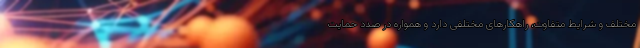
مختلف و شرایط متفاوت، راهکارهای مختلفی دارد و همواره در صدد حمایت